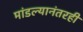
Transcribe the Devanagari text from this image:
मांडल्यानंतरही